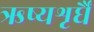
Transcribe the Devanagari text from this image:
ऋष्यशृर्घैं